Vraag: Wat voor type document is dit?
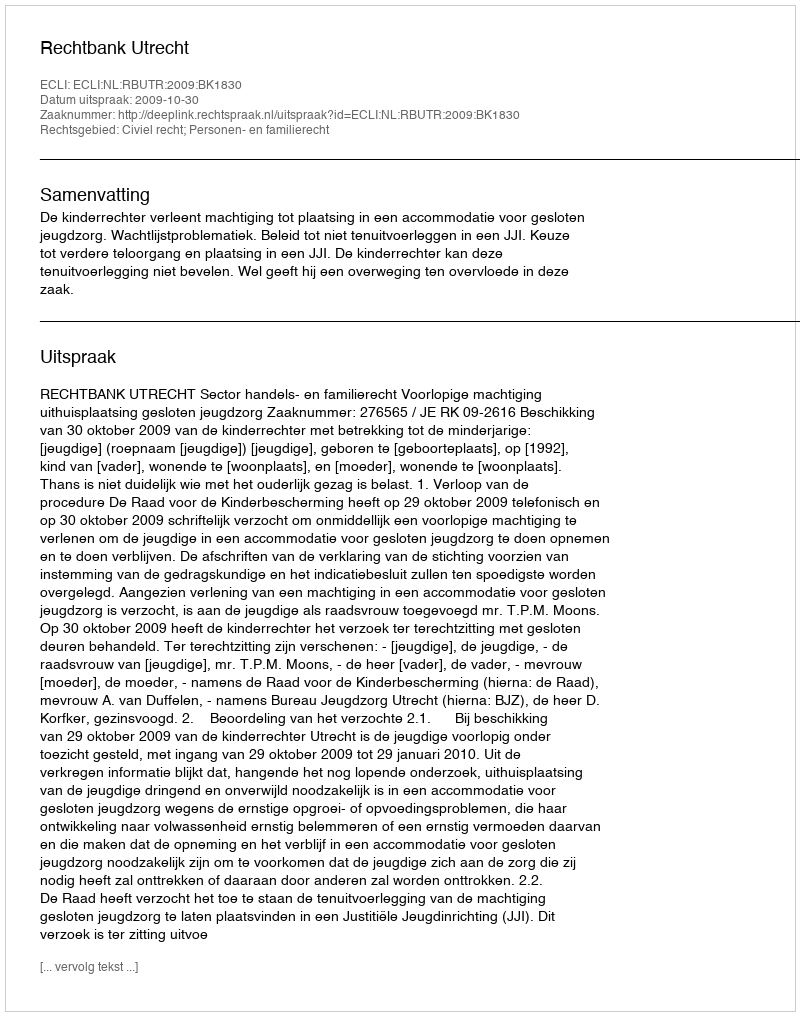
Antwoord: Uitspraak